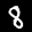
Label: 8